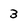
Character: 3